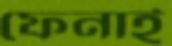
ফেনাই